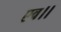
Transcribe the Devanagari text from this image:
एव।।